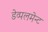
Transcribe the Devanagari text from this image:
डेव्पलमेन्ट